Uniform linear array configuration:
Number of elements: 4
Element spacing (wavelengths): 0.75
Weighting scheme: hann
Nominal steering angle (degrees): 60
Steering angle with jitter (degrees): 61.422
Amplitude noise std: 0.05
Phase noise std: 0.05

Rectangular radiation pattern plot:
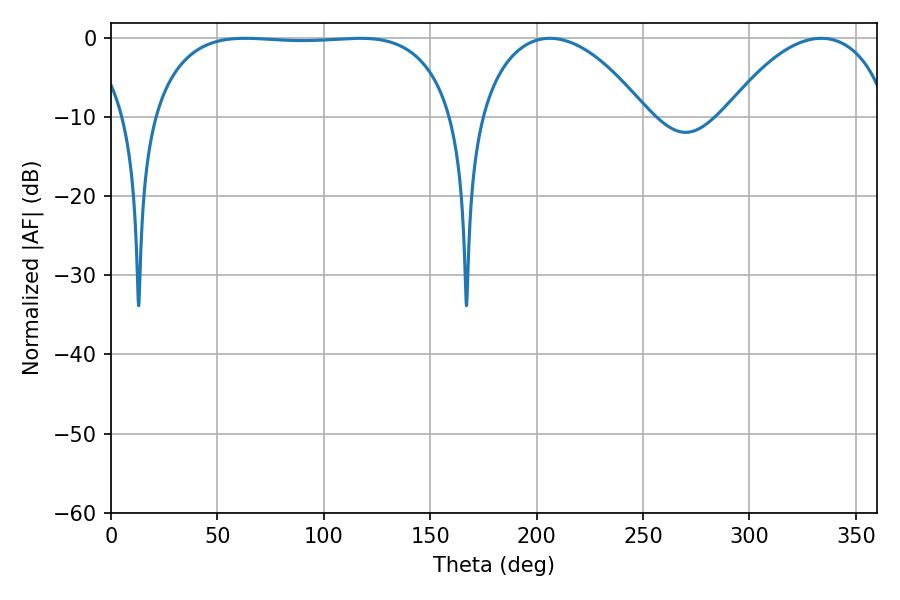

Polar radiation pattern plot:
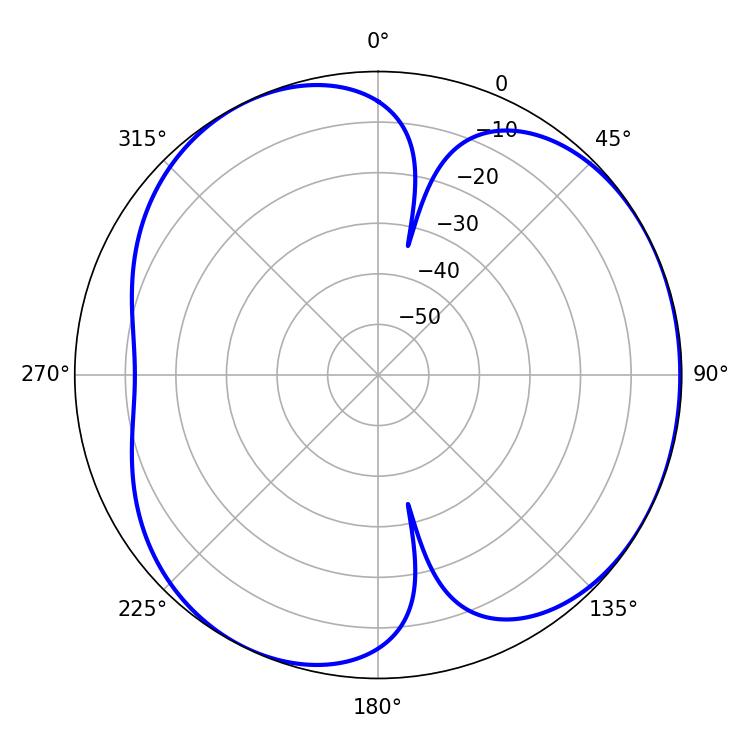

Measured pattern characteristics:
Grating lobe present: TRUE
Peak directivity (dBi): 4.141
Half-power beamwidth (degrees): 111.96
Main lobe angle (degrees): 63